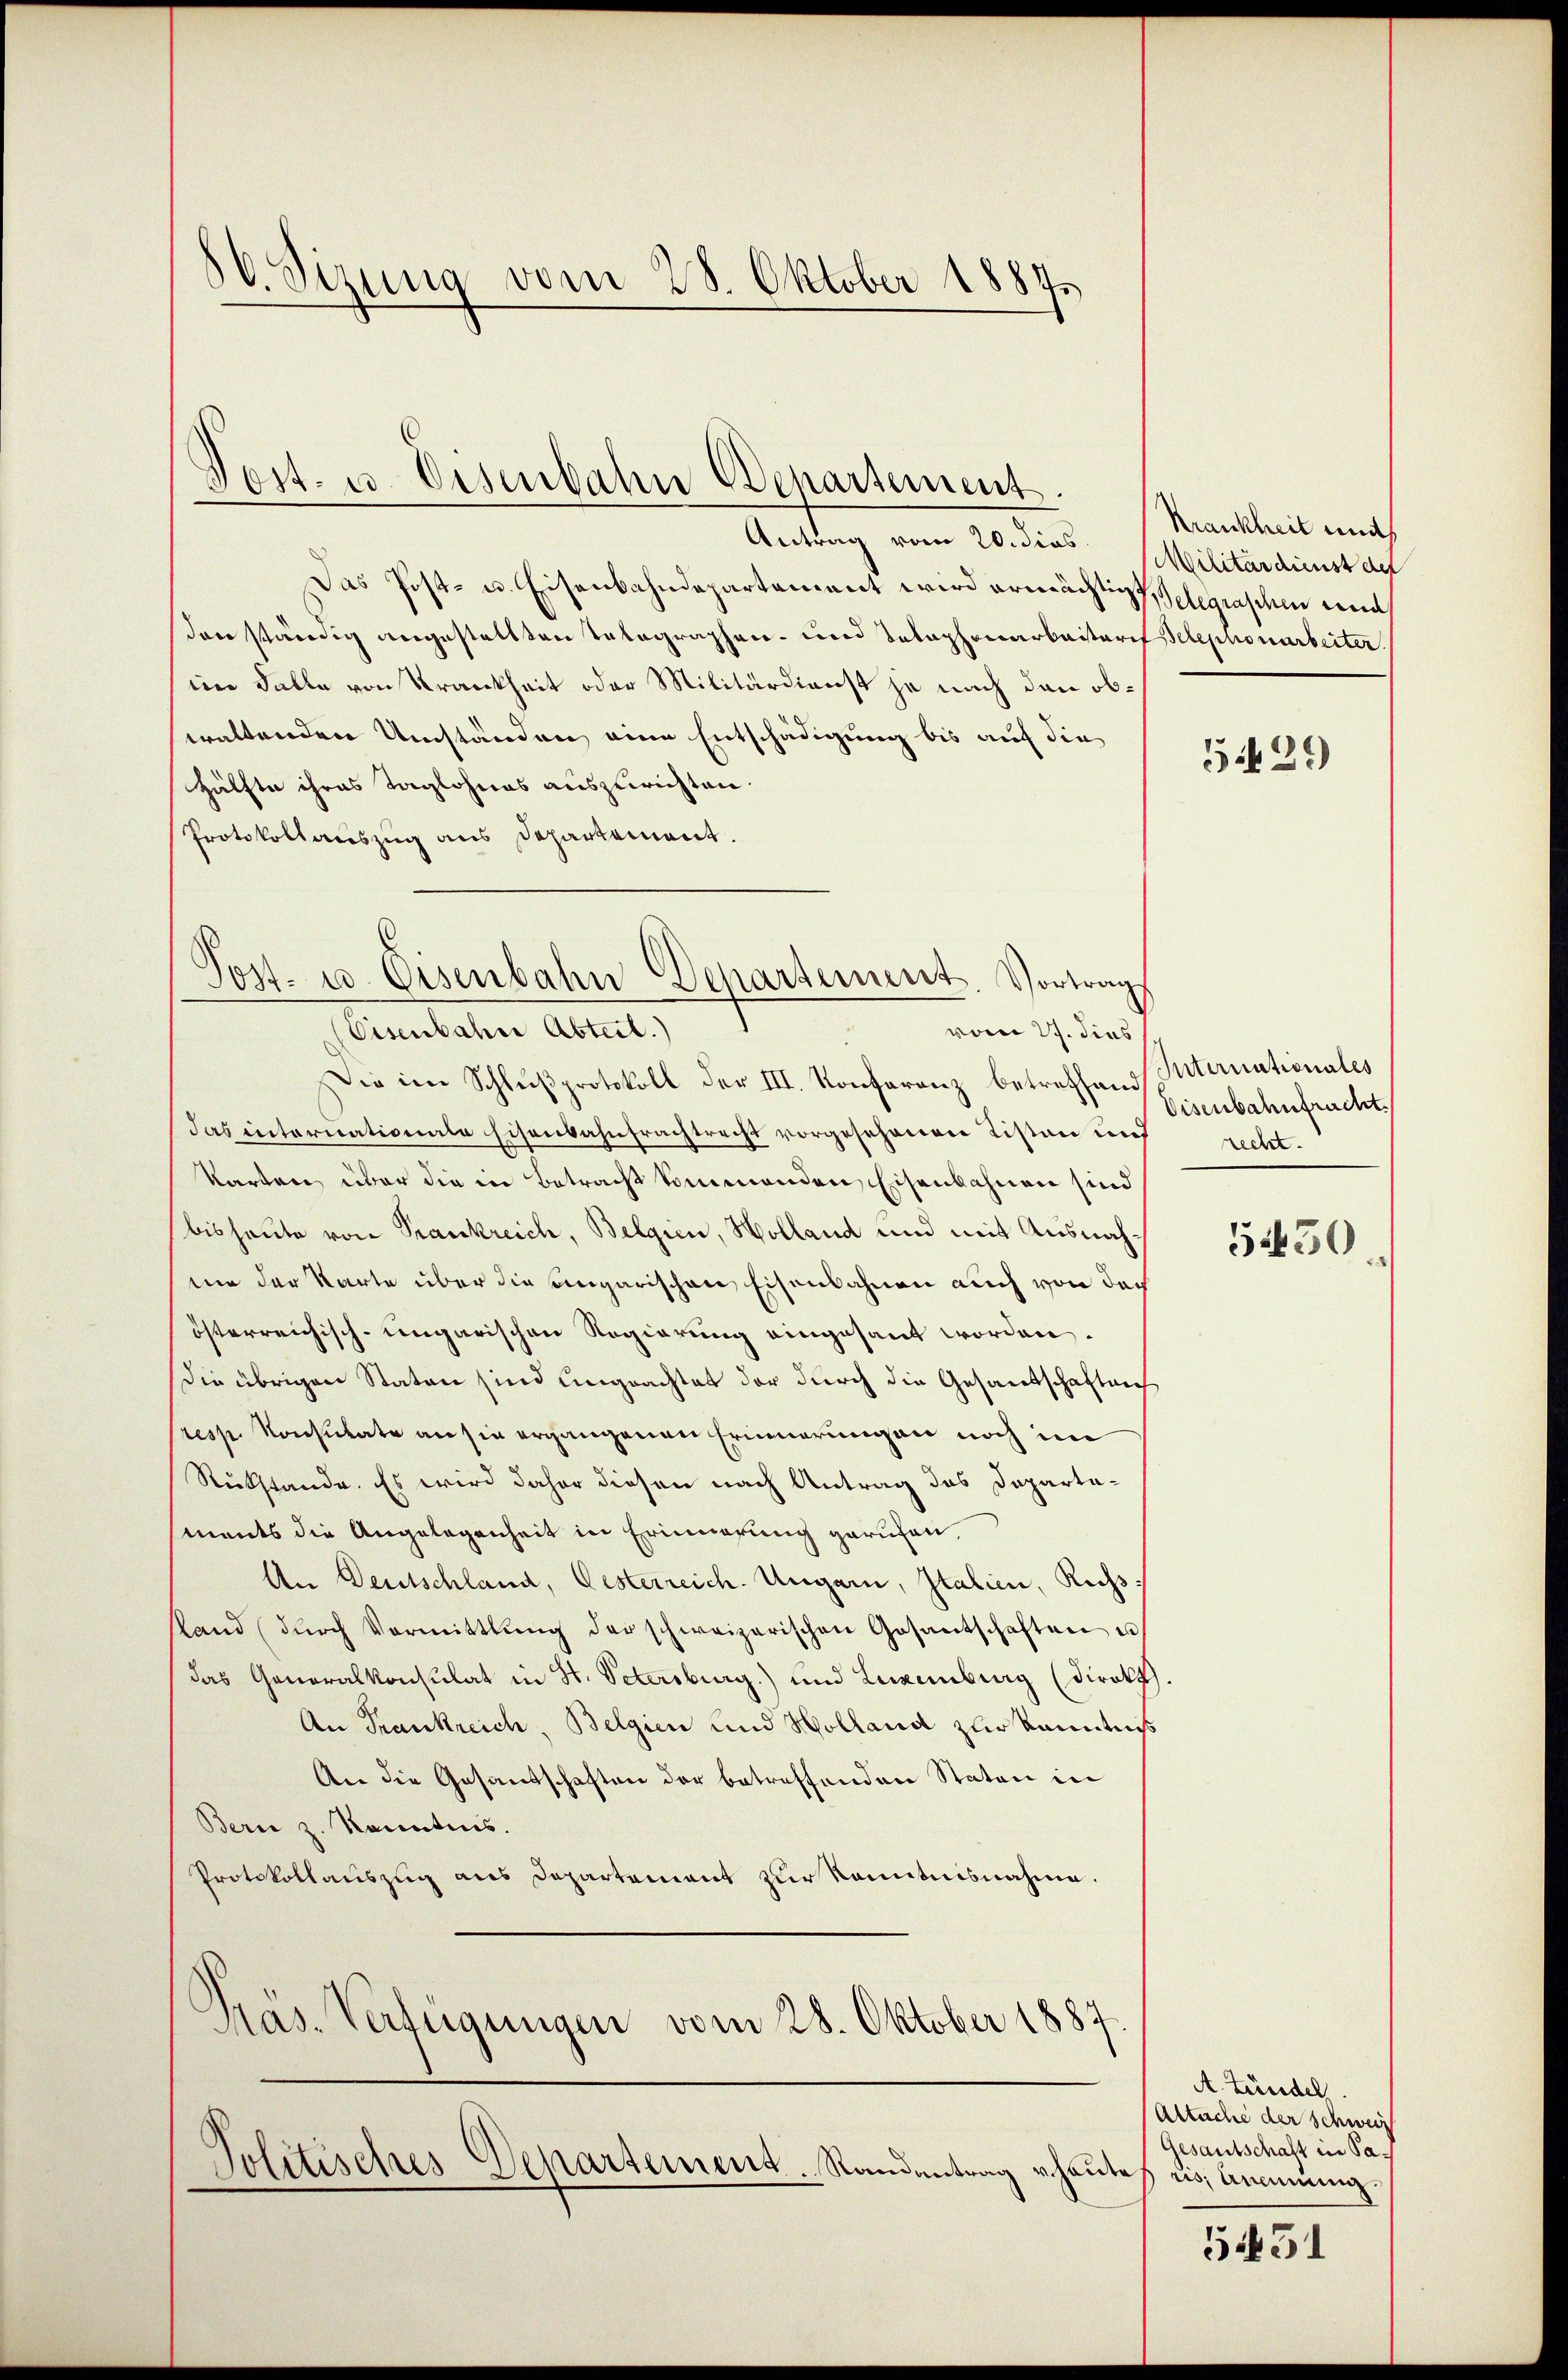
30. Sizung vom 28. Oktober 1884.

Post- u. Eisenbahn Departement.

Antrag vom 20. dies
Das Post- u. Eisenbahndepartement wird ermächtigt, Telegraschen ent
son ständig angestellten Telegraphen- und Telephonarbaitaris Telephonarbeiter
eine Falle von Krankheit oder Militärdienst je nach den obwaltenden Umständen eine Entschädigung bis auf die
Hälfte ihres Taglohnes auszurichten.
Protokollauszug aus Departement.
(Eisenbahn Abteil.)
vom 27. dies
Die im Schlŭβprotokoll der III. Konferenz betreffend Internationales
das internationale Eisenbahntrachtrecht vorgesehenen Listen und recht-
Karten über die in Betracht kommenden, Eisenbahnen sind
bis heute von Trankreich, Belgien, Holland und mit Ausnahmie der Karte über die ungarischen Eisenbahnen auch von der
österreichisch-ungarischen Regierung eingesant worden.
Die übrigen Staten sind ungeachtet der durch die Gesandschaftens
Presp. Konsulate an sie ergangenen Erinnerungen noch im
Rükstände. Es wird daher diesen nach Antrag das Departasments die Angelegenheit in Erinnerung gerufen,
An Deutschland, Gesterreich. Ungarn, Italien, Russstand (dŭrch Vormittlung der schweizerischen Gesantschaften u
das Generalkonsulat in St. Petersburg) und Luxenburg (Direkt
An Trankreich, Belgien und Holland zur Kenntnis
An die Gesandschaften der betreffenden Staten in
Bern z. Kanntnis.
Protokollaŭszŭg ans Departement zŭr Kenntnisnahme.
Pras. Verfügungen vom 28. Oktober 1887
Politisches Departement. Randantrag vhautes us Amünig¬

Post- u. Eisenbahn-Departement. Vortrags

Krankheit mitth
Militärdienst des

5.429

Disenbahnfracht.
5430.

A. Zündel.
Altuche der Schweis
Gesantschaft in Sa¬

5431